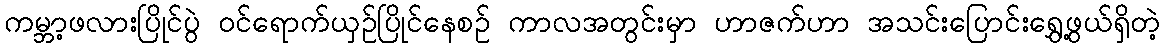
ကမ္ဘာ့ဖလားပြိုင်ပွဲ ဝင်ရောက်ယှဉ်ပြိုင်နေစဉ် ကာလအတွင်းမှာ ဟာဇက်ဟာ အသင်းပြောင်းရွှေ့ဖွယ်ရှိတဲ့